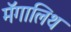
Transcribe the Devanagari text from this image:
मॅगालिथ